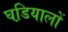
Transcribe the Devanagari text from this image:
घडि़यालों